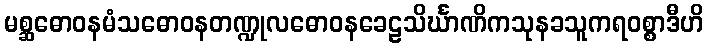
မစ္ဆဓောဝနမံသဓောဝနတဏ္ဍုလဓောဝနခေဠသိင်္ဃာဏိကသုနခသူကရဝစ္စာဒီဟိ